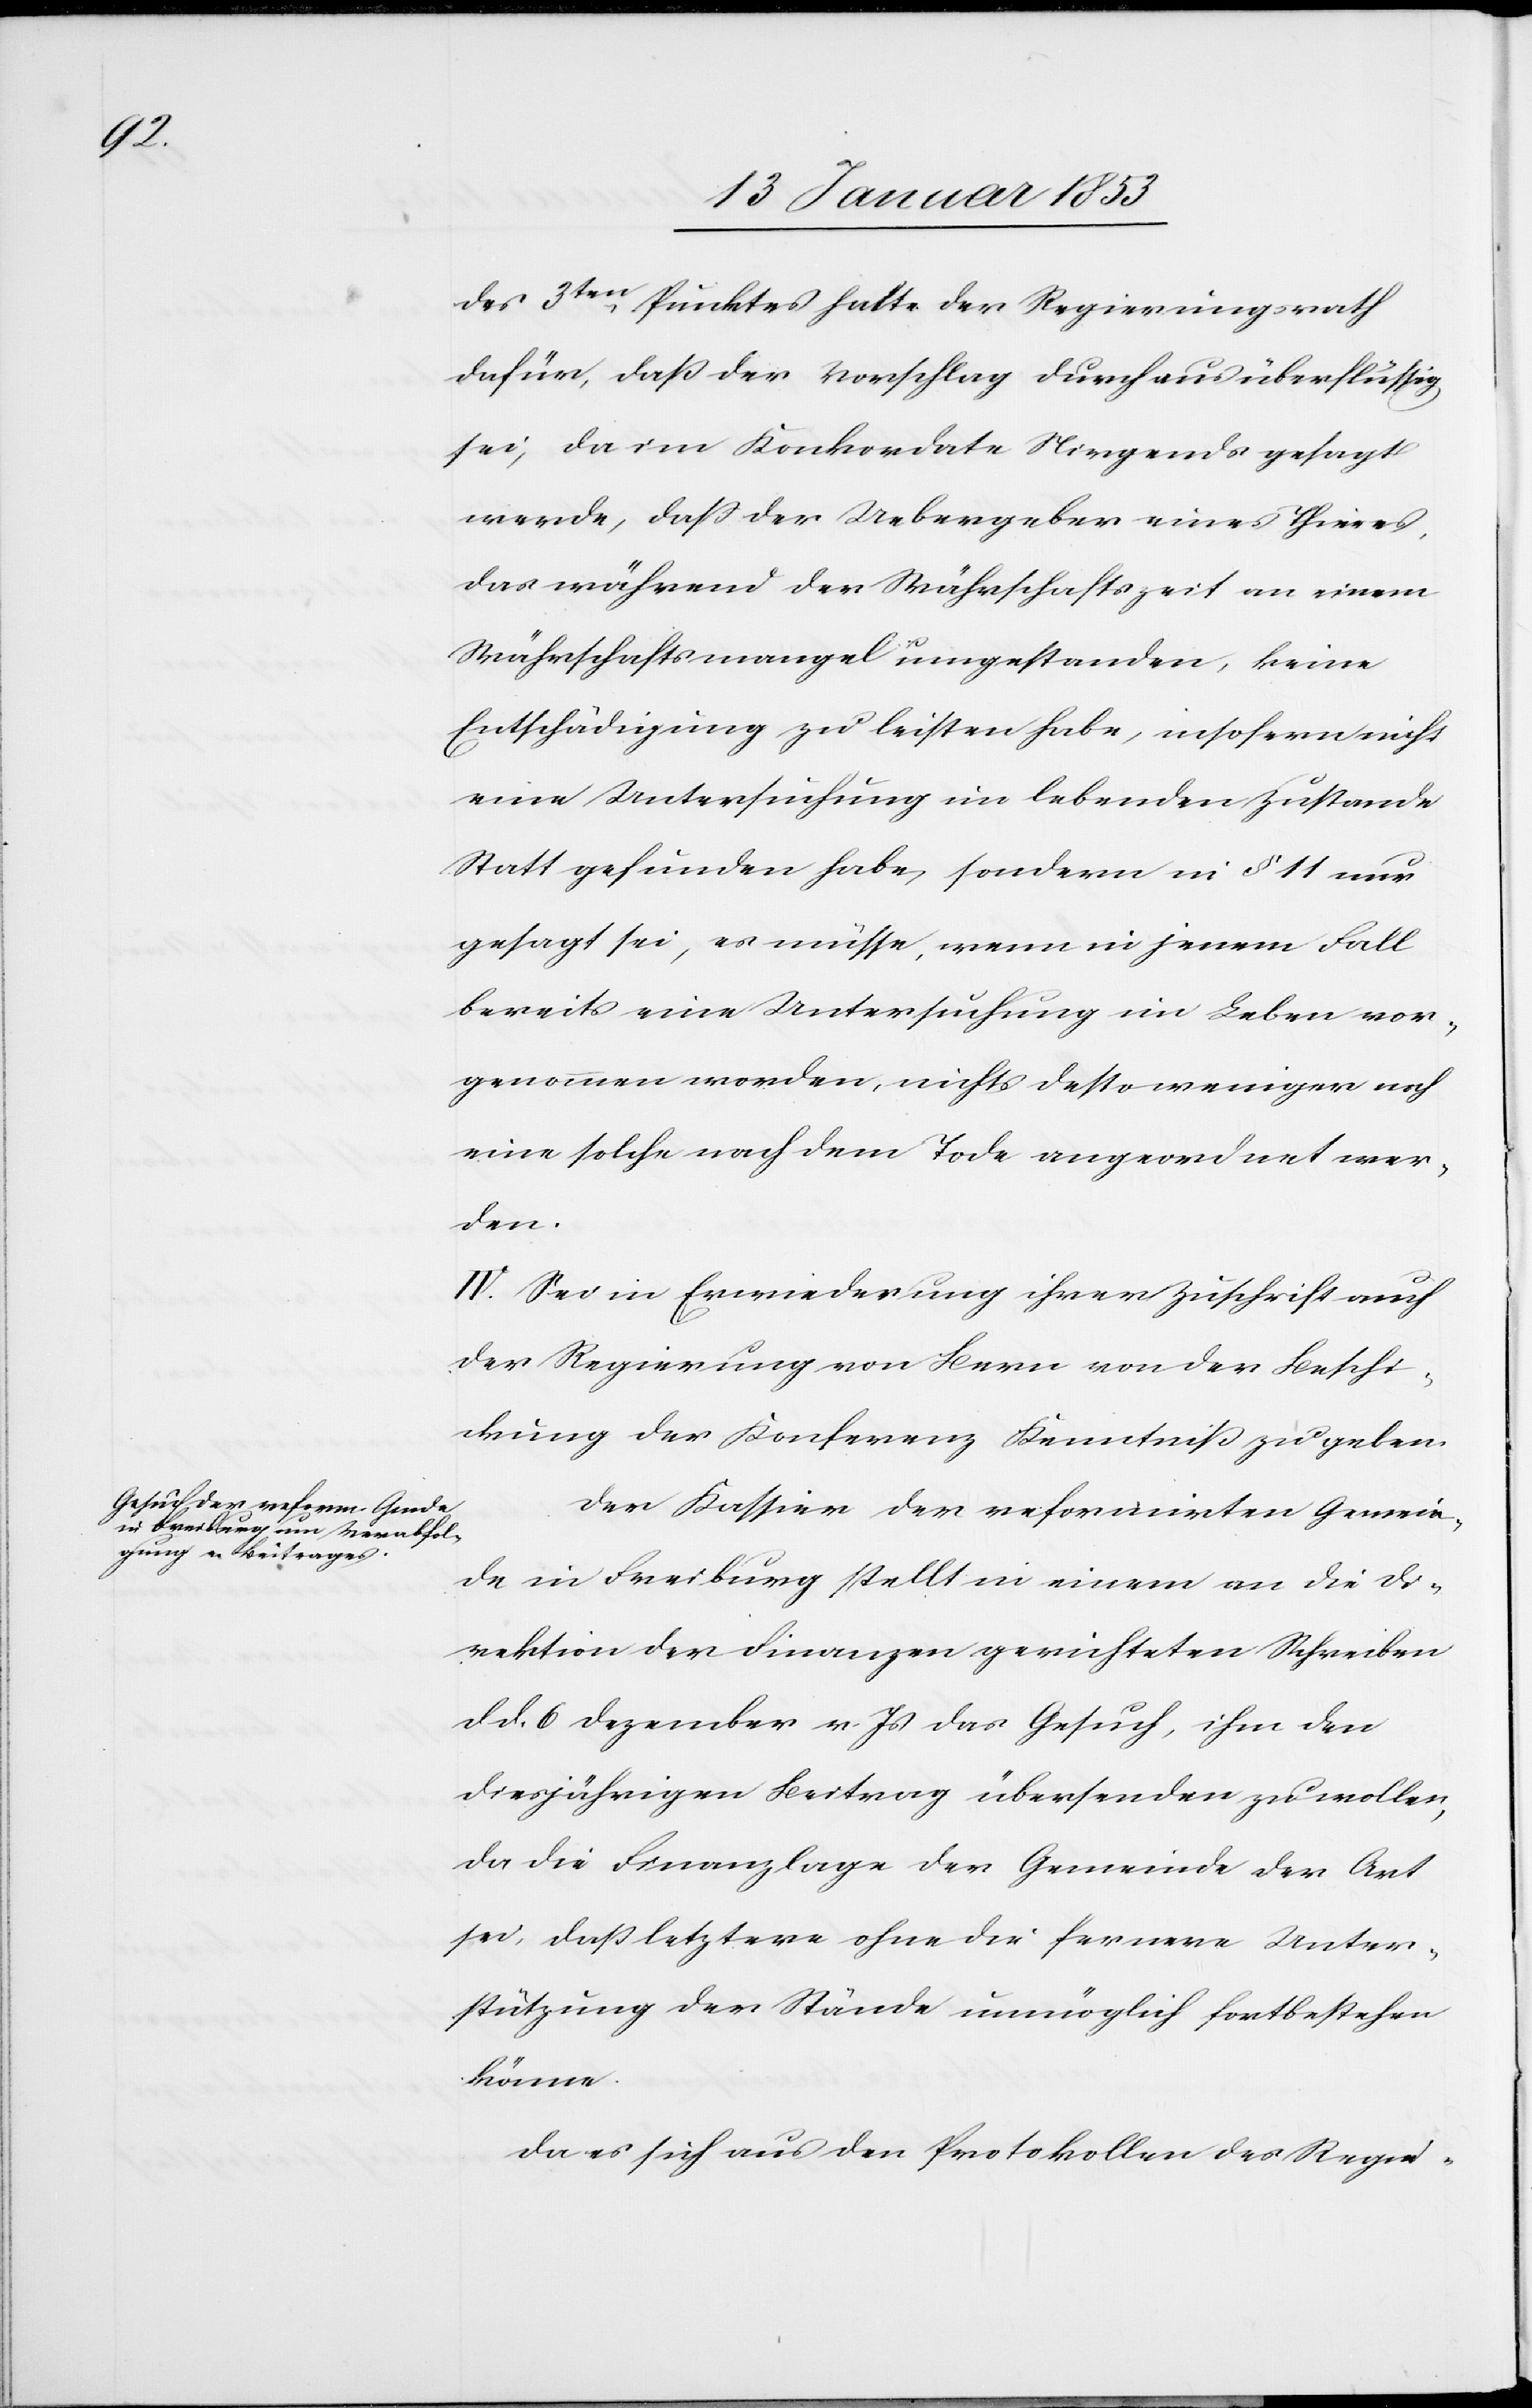
des 3ten. Punktes halte der Regierungsrath
dafür, daß der Vorschlag durchaus überflüssig
sei, da im Konkordate Nirgends gesagt
werde, daß der Uebergeber eines Thieres,
das während der Währschaftszeit an einen
Währschaftsmangel umgestanden, keine
Entschädigung zu leisten habe, insofern nicht
eine Untersuchung im lebenden Zustande
Statt gefunden habe, sondern in § 11 nur
gesagt sei, es müsse, wenn in jenem Fall
bereits eine Untersuchung im Leben vor¬
genommen worden, nichts desto weniger noch
eine solche nach dem Tode angeordnet wer¬
den.
IV. Sei in Erwiederung ihrer Zuschrift auch
der Regierung von Bern von der Beschi¬
ckung der Konferenz Kenntniß zu geben.
Der Kassier der reformirten Gemein¬
de in Freiburg stellt in einem an die Di¬
rektion der Finanzen gerichteten Schreiben
d. d. 6 Dezember v. Js. das Gesuch, ihm den
diesjährigen Beitrag übersenden zu wollen,
da die Finanzlage der Gemeinde der Art
sei, daß letztere ohne die fernere Unter¬
stützung der Stände unmöglich fortbestehen
könne.
Da es sich aus den Protokollen des Regie-